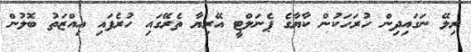
ރިލޭ ނަގައިދިން ހުރަހަކުން ކާޔާގެ ޕެނަލްޓީ އޭރިޔާ ތެރޭގައި ހުރެފައި އިއްޒަތު ބޮލުން